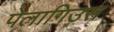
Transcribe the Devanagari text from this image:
पेलागिउस